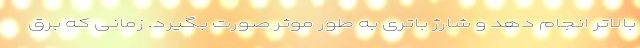
بالاتر انجام دهد و شارژ باتری به طور موثر صورت بگیرد. زمانی که برق